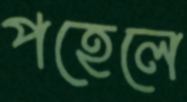
পহেলে